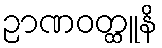
ဉာဏဝတ္ထူနိ